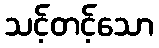
သင့်တင့်သော